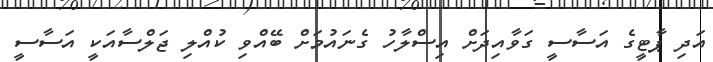
އަދި ޕާޓީގެ އަސާސީ ގަވާއިދަށް އިސްލާހު ގެނައުމަށް ބޭއްވި ކުއްލި ޖަލްސާއަކީ އަސާސީ